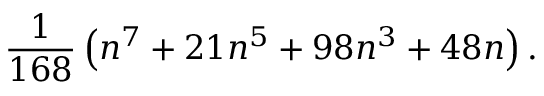
{ \frac { 1 } { 1 6 8 } } \left( n ^ { 7 } + 2 1 n ^ { 5 } + 9 8 n ^ { 3 } + 4 8 n \right) .